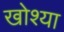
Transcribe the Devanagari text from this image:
खोश्या